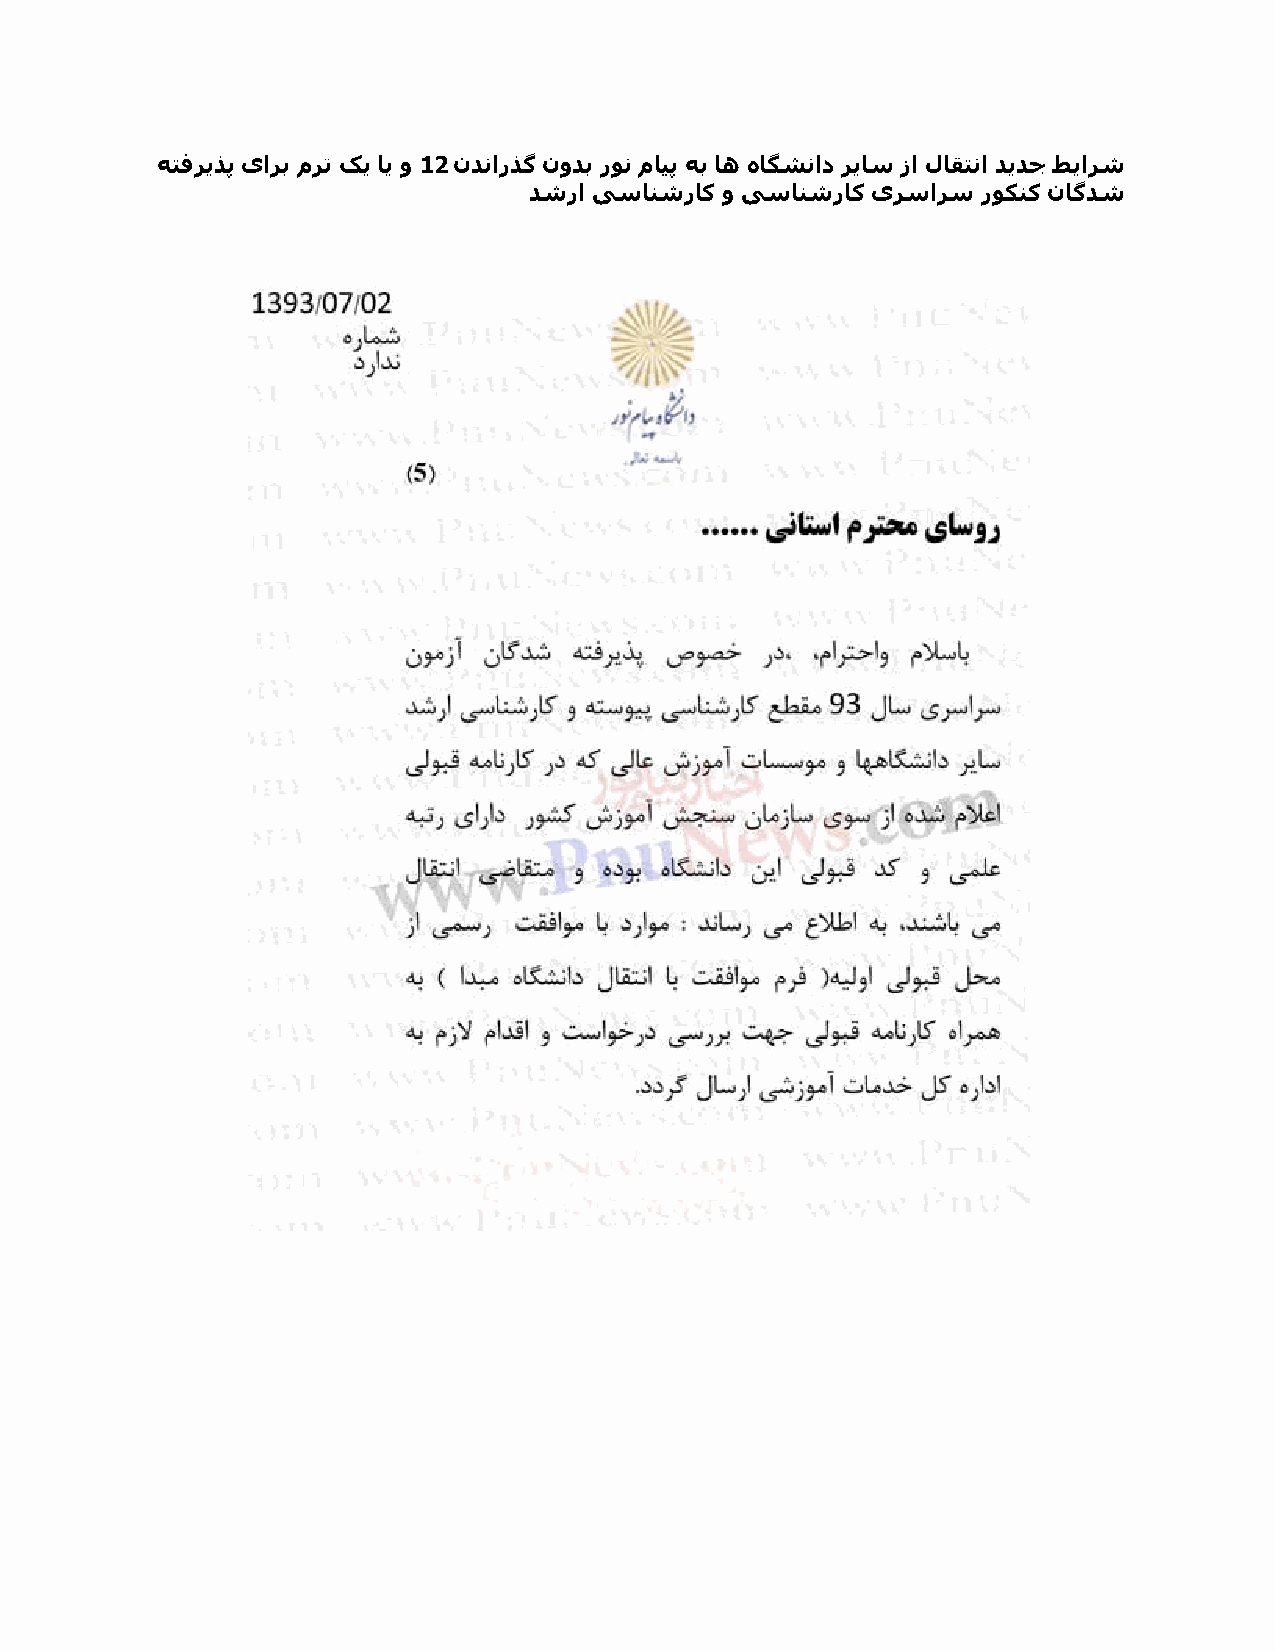
وتفزیذپ یازب مزت کی ای ً 12 ندنارذگ نًدب رٌن مایپ وب اى هاگشناد زیاس سا لاقتنا دیدج طیازش
 دشرا یسانشراک ً یسانشراک یزسازس رٌکنک ناگدش